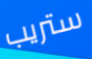
ستريب